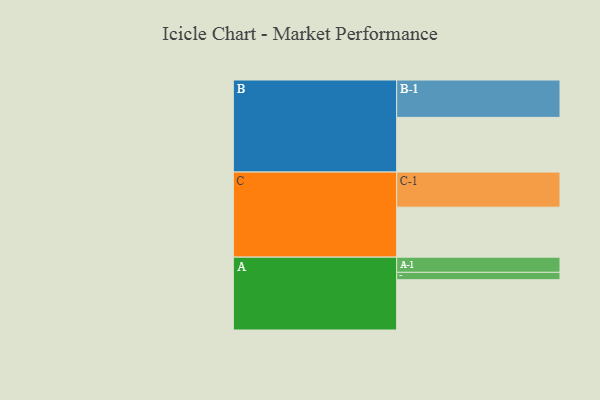
{"axis": {"x": "Segment", "y": "Value"}, "legend": ["", "A", "B", "C"], "data": [{"x": "A", "y": 374, "type": ""}, {"x": "B", "y": 407, "type": ""}, {"x": "C", "y": 372, "type": ""}, {"x": "A-1", "y": 113, "type": "A"}, {"x": "A-2", "y": 55, "type": "A"}, {"x": "B-1", "y": 278, "type": "B"}, {"x": "C-1", "y": 261, "type": "C"}]}